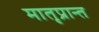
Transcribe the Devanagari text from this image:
मातृप्रान्त